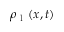
\rho _ { \mathrm { ~ l ~ } } ( \boldsymbol { x } , t )